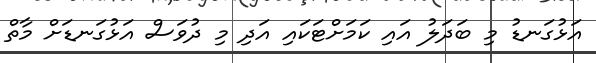
އަޅުގަނޑު މި ބަދަލު އައި ކަމަށްޓަކައި އަދި މި ދުވަސް އަޅުގަނޑަށް މާތް